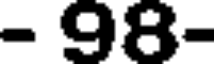
- 98-